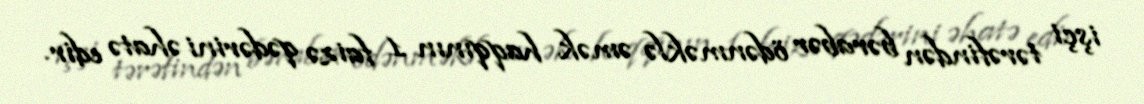
işçi tərəfindən bərabər ödənməklə əmək haqqının 1 faizə qədərini əhatə edir.